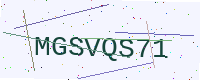
Text: MGSVQS71